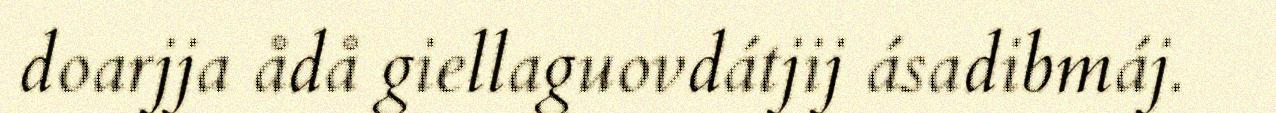
doarjja ådå giellaguovdátjij ásadibmáj.